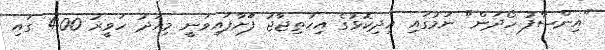
"އިންސާފު ހޯދަން" ނަމުގައި އިދިކޮޅުގެ އިހުތިޖާޖު ފަަށާފައިވަނީ މިއަދު ހަވީރު 4:00 ގައި